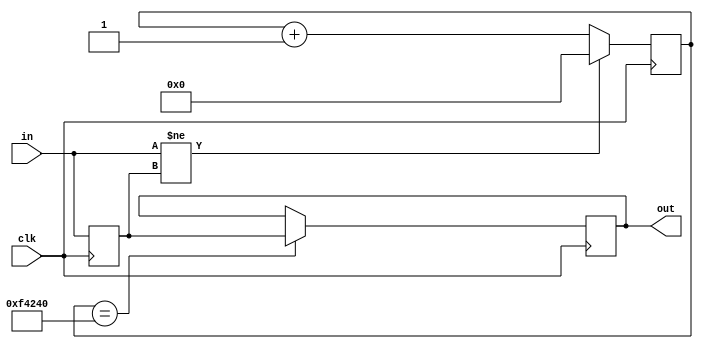
`timescale 1ns / 1ps
//////////////////////////////////////////////////////////////////////////////////
// Company: 
// Engineer: 
// 
// Design Name: 
// Module Name:    debouncer 
// Project Name: 
// Target Devices: 
// Tool versions: 
// Description: 
//
// Dependencies: 
//
// Revision: 
// Revision 0.01 - File Created
// Additional Comments: 
//
//////////////////////////////////////////////////////////////////////////////////
module debouncer(
		clk,
		in,
		out
	);

parameter counter_width = 20;
parameter counter_value = 1000000;

input			clk;
input			in;
output reg	out = 0;

reg prev_in = 0;
reg[counter_width-1 : 0] counter = 0;

always @(posedge clk) begin
	if(counter == counter_value)
		out <= prev_in;
		
	if(in != prev_in)
		counter <= 0;
	else
		counter <= counter + 1;
	
	prev_in <= in;
end

endmodule